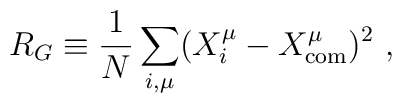
R_G \equiv \frac{1}{N}\sum_{i,\mu}(X_i^{\mu} - X_{{\rm{com}}}^{\mu})^2\ ,    \protect